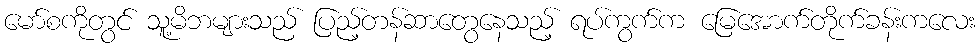
မော်စကိုတွင် သူ့မိဘများသည် ပြည့်တန်ဆာတွေနေသည့် ရပ်ကွက်က မြေအောက်တိုက်ခန်းကလေး